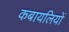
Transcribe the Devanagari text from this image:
कबायलियों